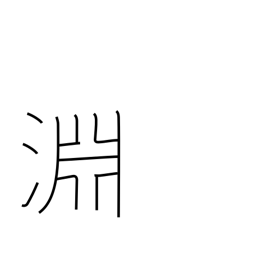
Meaning: the depths